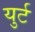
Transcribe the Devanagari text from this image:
युर्ट